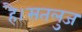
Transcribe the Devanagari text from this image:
है।सतलुज